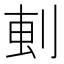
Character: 𫦂